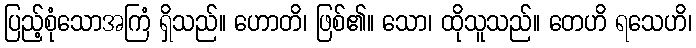
ပြည့်စုံသောအကြံ ရှိသည်။ ဟောတိ၊ ဖြစ်၏။ သော၊ ထိုသူသည်။ တေဟိ ရသေဟိ၊